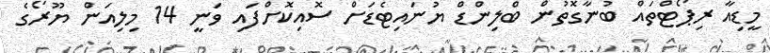
މީޑިއާ ރިޕޯޓްތައް ބުނާގޮތުން ބްލިންޑް ޔުނައިޓެޑަށް ސޮއިކޮށްފައި ވަނީ 14 މިލިއަން ޔޫރޯގެ